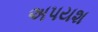
અપયશ